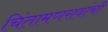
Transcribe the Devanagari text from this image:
चिंतामणरावांची